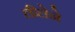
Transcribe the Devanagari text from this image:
लीलेने